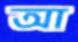
আ